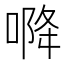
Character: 𭉓